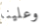
وعلينا